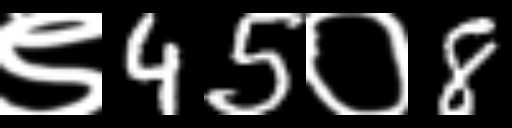
Text: ९45०8